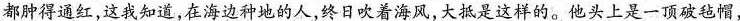
都肿得通红，这我知道，在海边种地的人，终日吹着海风，大抵是这样的。他头上是一顶破毡帽，